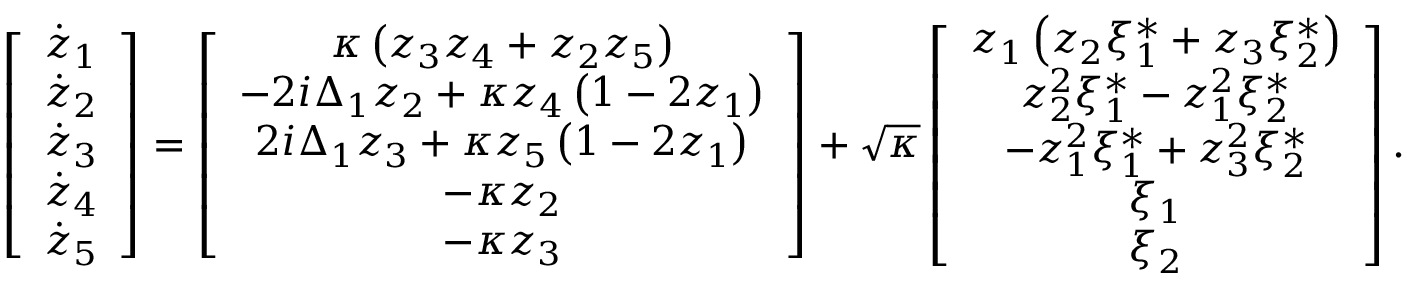
\left[ \begin{array} { c } { \dot { z } _ { 1 } } \\ { \dot { z } _ { 2 } } \\ { \dot { z } _ { 3 } } \\ { \dot { z } _ { 4 } } \\ { \dot { z } _ { 5 } } \end{array} \right] = \left[ \begin{array} { c } { \kappa \left( z _ { 3 } z _ { 4 } + z _ { 2 } z _ { 5 } \right) } \\ { - 2 i \Delta _ { 1 } z _ { 2 } + \kappa z _ { 4 } \left( 1 - 2 z _ { 1 } \right) } \\ { 2 i \Delta _ { 1 } z _ { 3 } + \kappa z _ { 5 } \left( 1 - 2 z _ { 1 } \right) } \\ { - \kappa z _ { 2 } } \\ { - \kappa z _ { 3 } } \end{array} \right] + \sqrt { \kappa } \left[ \begin{array} { c } { z _ { 1 } \left( z _ { 2 } \xi _ { 1 } ^ { * } + z _ { 3 } \xi _ { 2 } ^ { * } \right) } \\ { z _ { 2 } ^ { 2 } \xi _ { 1 } ^ { * } - z _ { 1 } ^ { 2 } \xi _ { 2 } ^ { * } } \\ { - z _ { 1 } ^ { 2 } \xi _ { 1 } ^ { * } + z _ { 3 } ^ { 2 } \xi _ { 2 } ^ { * } } \\ { \xi _ { 1 } } \\ { \xi _ { 2 } } \end{array} \right] .